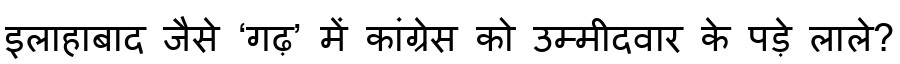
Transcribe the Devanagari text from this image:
इलाहाबाद जैसे ‘गढ़’ में कांग्रेस को उम्मीदवार के पड़े लाले?